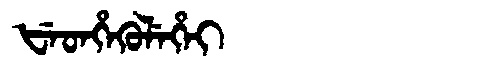
Manchu: ᡶᡝᡨᡥᡝᡴᡠᠯᡝᡥᡝᡳ
Romanization: FETHEKULEHEI